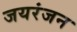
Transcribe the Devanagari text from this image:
जयरंजन